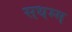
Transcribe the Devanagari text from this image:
सधम्म